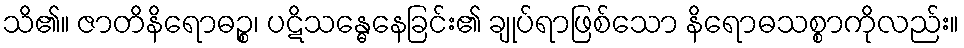
သိ၏။ ဇာတိနိရောဓဉ္စ၊ ပဋိသန္ဓေနေခြင်း၏ ချုပ်ရာဖြစ်သော နိရောဓသစ္စာကိုလည်း။